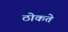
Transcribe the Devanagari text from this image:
ठोकते